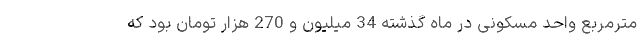
مترمربع واحد مسکونی در ماه گذشته 34 میلیون و 270 هزار تومان بود که